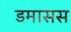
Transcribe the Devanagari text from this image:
डमासस